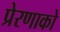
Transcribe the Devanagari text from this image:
प्रेरणाको